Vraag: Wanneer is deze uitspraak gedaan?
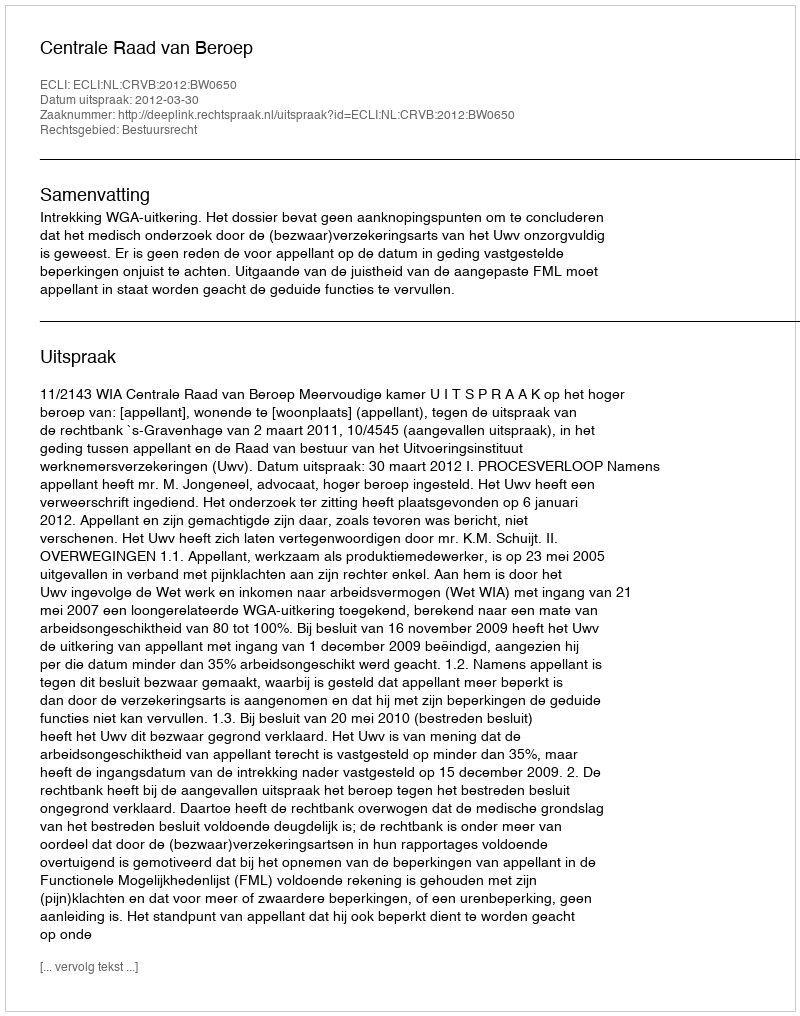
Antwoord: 2012-03-30